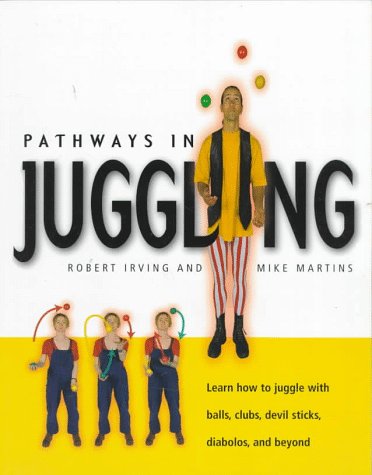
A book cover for Pathways in Juggling: Learn how to juggle with balls, rings, clubs, devil sticks, diabolos and other objects; Robert Irving; Sports & Outdoors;